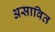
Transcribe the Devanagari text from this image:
असावित